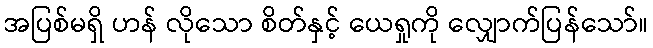
အပြစ်မရှိ ဟန် လိုသော စိတ်နှင့် ယေရှုကို လျှောက်ပြန်သော်။